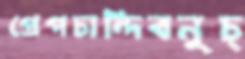
প্রেপচান্দিবনুচ্